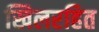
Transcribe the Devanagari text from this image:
खिलरहित